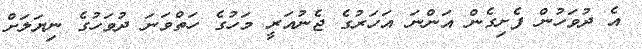
އެ ދުވަހުން ފެށިގެން އަންނަ އަހަރުގެ ޖެނުއަރީ މަހުގެ ހަތްވަނަ ދުވަހުގެ ނިޔަލަށް